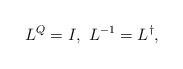
LaTeX: \begin{align*}L^Q = I , \, \, L^{-1} = L^{\dagger},\end{align*}